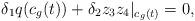
LaTeX: \begin{align*} \delta_1 q(c_g(t))+ \delta_2 z_3z_4|_{c_g(t)}=0,\end{align*}